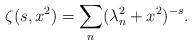
LaTeX: \begin{align*}\zeta(s,x^2)=\sum_{n}(\lambda_n^2+x^2)^{-s}{.}\end{align*}